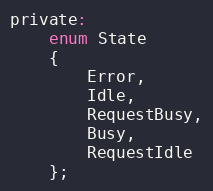
Language: C
private:
    enum State
    {
        Error,
        Idle,
        RequestBusy,
        Busy,
        RequestIdle
    };